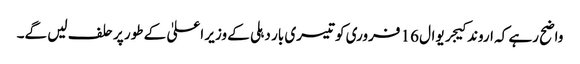
واضح رہے کہ اروند کیجریوال 16 فروری کو تیسری بار دہلی کے وزیر اعلیٰ کے طور پر حلف لیں گے۔